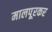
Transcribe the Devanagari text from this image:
मालपूरकर